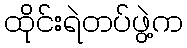
ထိုင်းရဲတပ်ဖွဲ့က